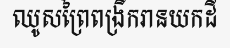
ឈូសព្រៃពង្រីករានយកដី